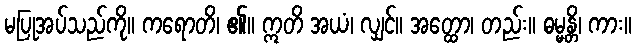
မပြုအပ်သည်ကို။ ကရောတိ၊ ၏။ ဣတိ အယံ၊ လျှင်။ အတ္ထော၊ တည်း။ ဓမ္မန္တိ၊ ကား။